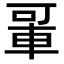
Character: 𬧲